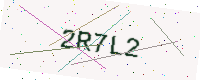
Text: 2R7L2